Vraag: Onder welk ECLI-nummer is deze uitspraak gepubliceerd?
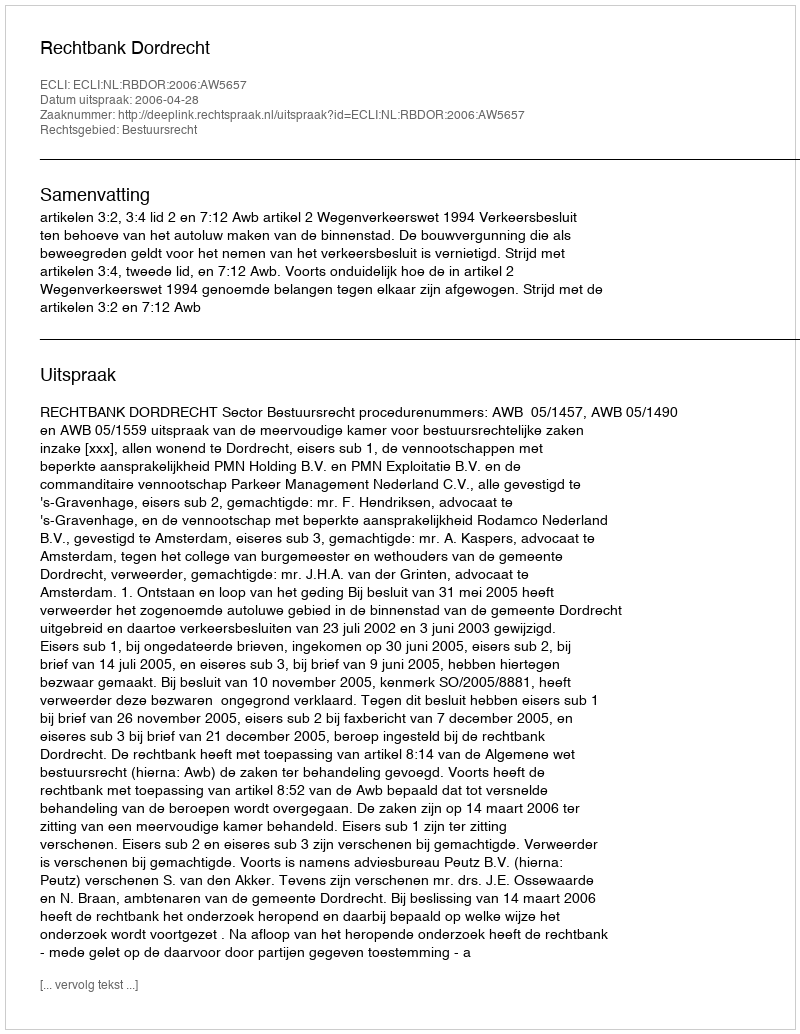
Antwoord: ECLI:NL:RBDOR:2006:AW5657